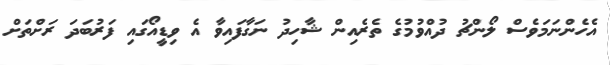
އެހެންނަމަވެސް ލޯންޗު ދުއްވުމުގެ ތެރެއިން ޝާހިދު ނަގާފައިވާ އެ ވިޑީއޯގައި ފަރުބަދަ ރަށްތަށް